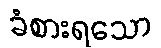
ခံစားရသော